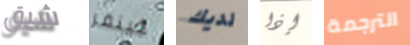
شيق جينفر لديك إذا الترجمة